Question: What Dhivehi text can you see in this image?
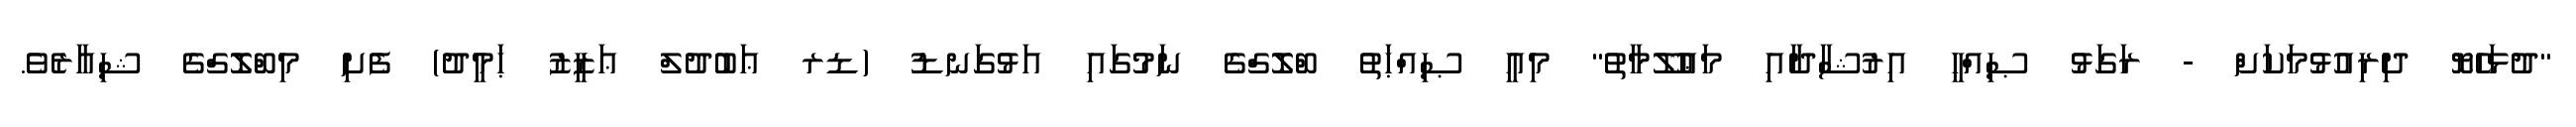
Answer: "ދުޅަހެޔޮ ދިރިއުޅުމަކަށް - ރަގަޅު ޞިއްޙީ އިރުޝާދާއި މަޢުލޫމާތު" މިއީ ޞިއްޙަތު ބްލޮގްގެ ނަމުގައި އަޅުގަނޑު (ޑރ ޢަބުދުލް ޢަޒީޒު ޙަމީދު) ފެށި މިބްލޮގްގެ ޝިއާރެވެ.